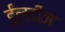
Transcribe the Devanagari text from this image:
ईलदीज़